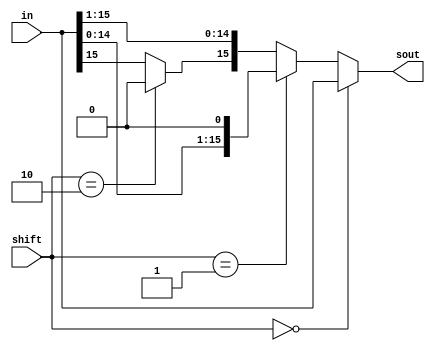
module shifter(in, shift, sout);
	parameter n = 16;
	input [n-1:0] in;
	input [1:0] shift;
	output reg [n-1:0] sout;

	always@(*) begin 
	if(shift == 2'b00) 
		sout = in;
	else if(shift == 2'b01)
		sout = in << 1;
	else if(shift == 2'b10) begin
		sout = in >> 1;
		sout[n-1] = 0;	
		end
	else begin
		sout = in >> 1;
		sout[n-1] = in[n-1];
		end
	end
endmodule